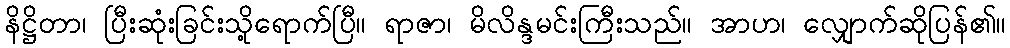
နိဋ္ဌိတာ၊ ပြီးဆုံးခြင်းသို့ရောက်ပြီ။ ရာဇာ၊ မိလိန္ဒမင်းကြီးသည်။ အာဟ၊ လျှောက်ဆိုပြန်၏။